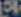
স